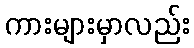
ကားများမှာလည်း